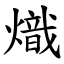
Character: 熾